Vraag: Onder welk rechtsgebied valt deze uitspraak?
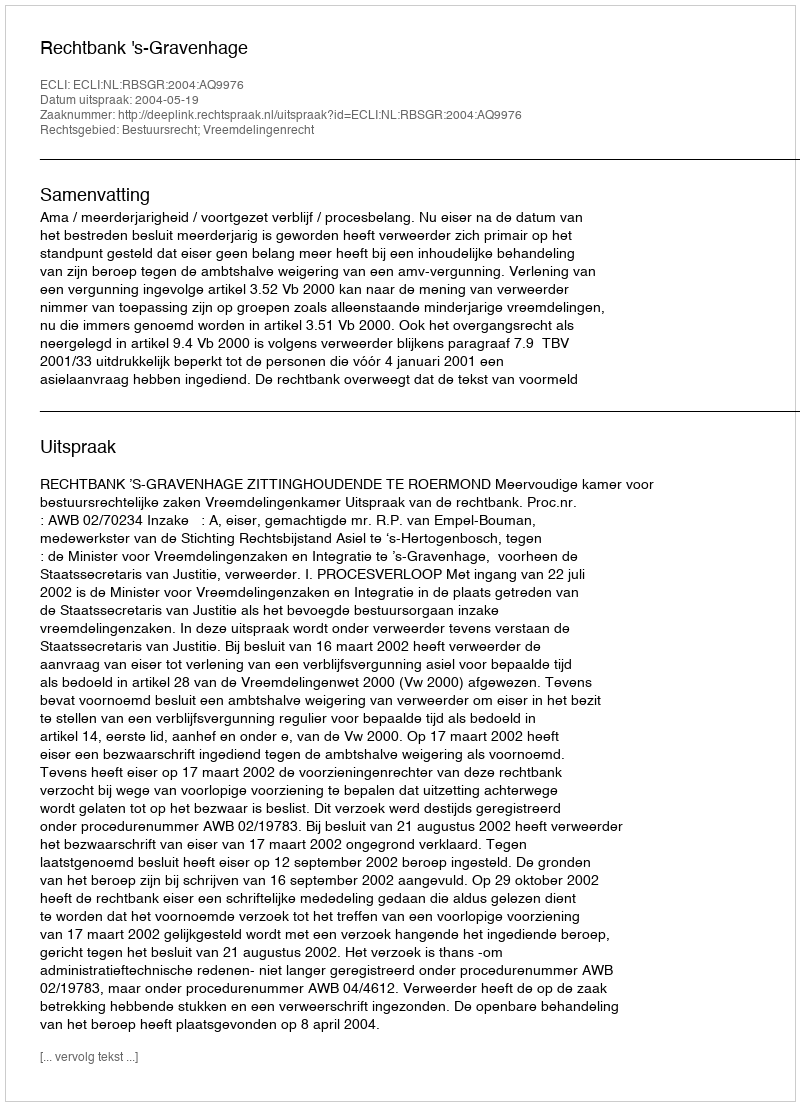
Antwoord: Bestuursrecht; Vreemdelingenrecht